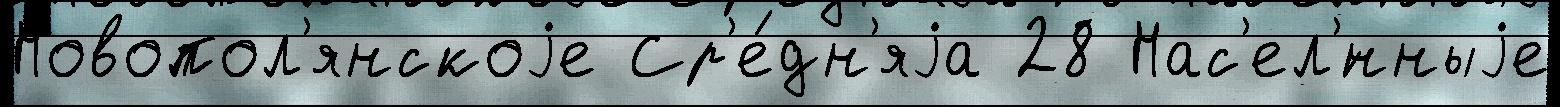
Новопол'янскоjе Ср'е́дн'яjа 28 Нас'ел'́нныjе